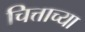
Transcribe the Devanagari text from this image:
चित्ताच्या